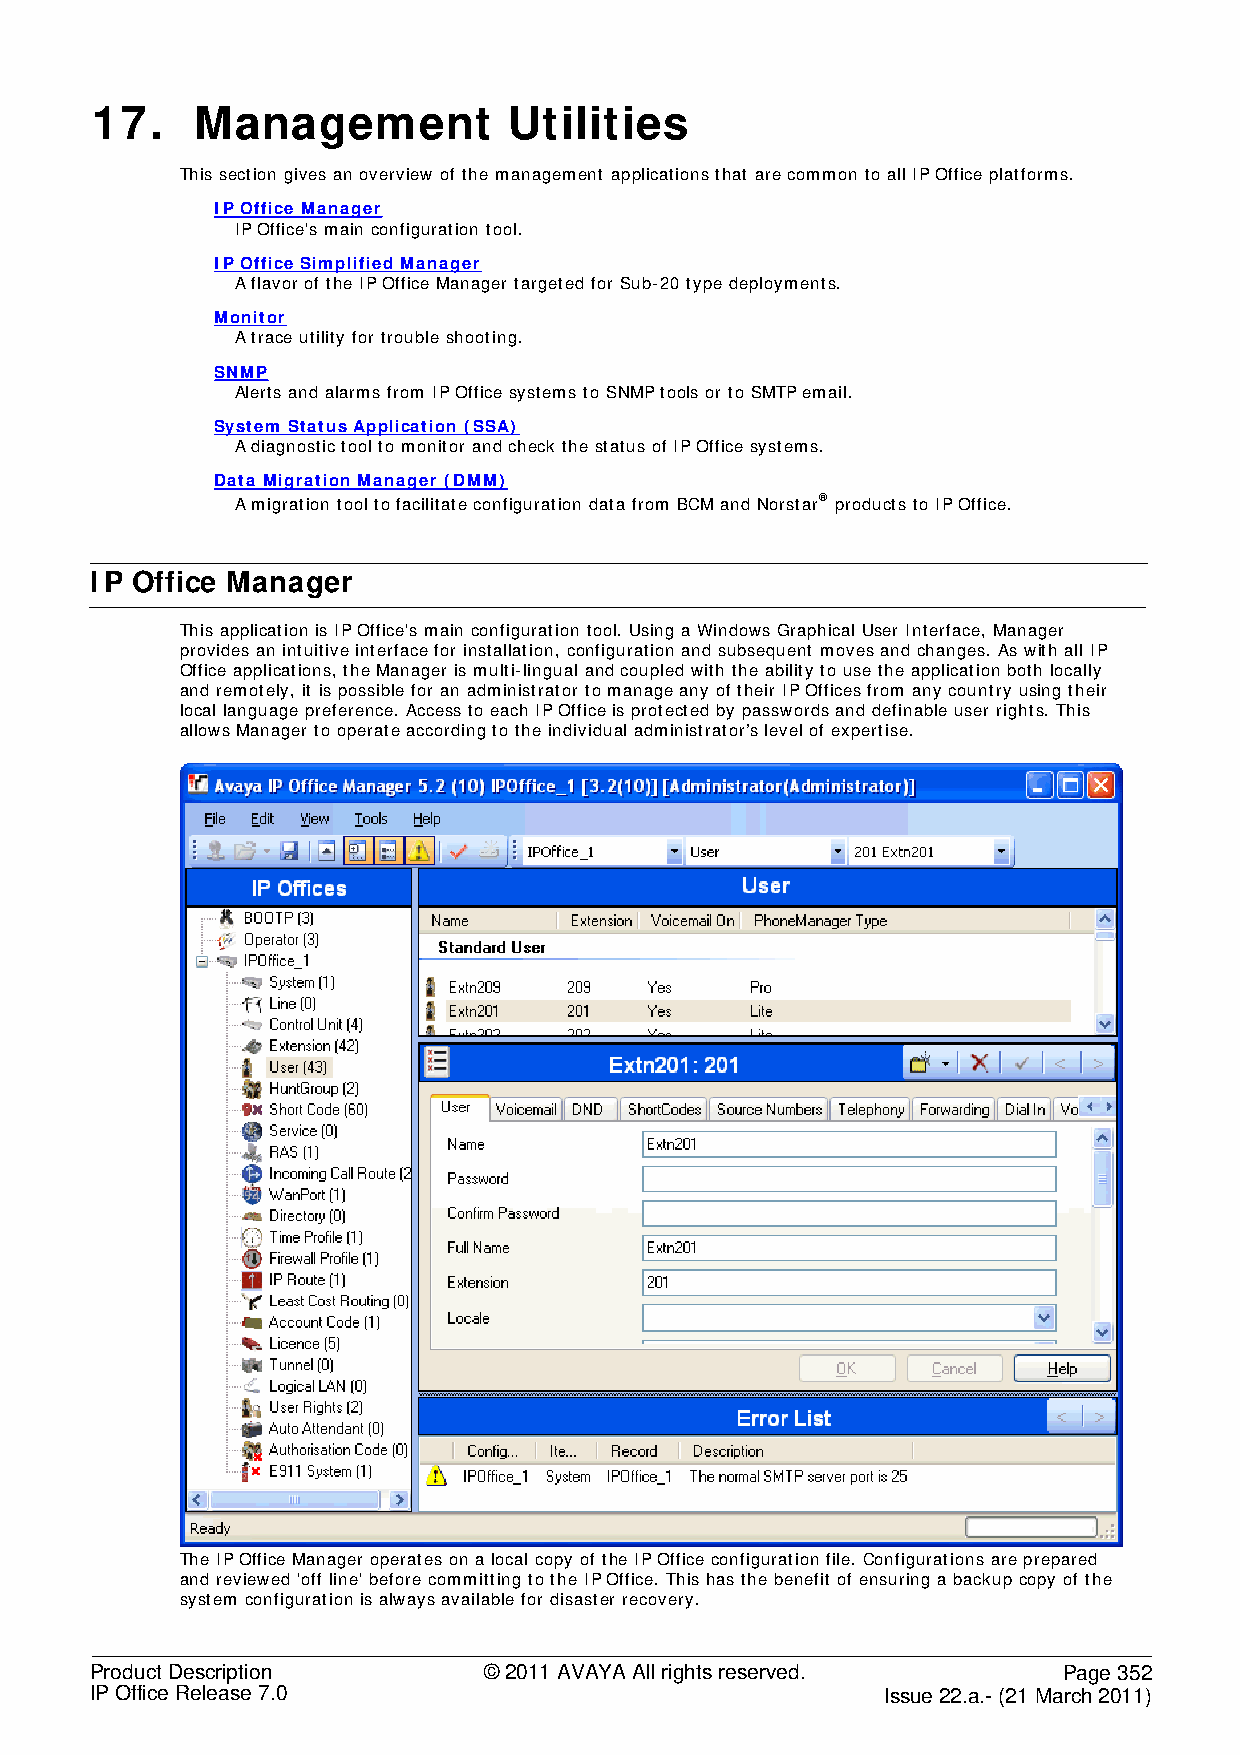
17.    Management           Utilities
 This section gives an overview of the management applications that are common to all IP Office platforms.
 IP Office Manager
 IP Office's main configuration tool.
 IP Office Simplified Manager
 A flavor of the IP Office Manager targeted for Sub-20 type deployments.
 Monitor
 A trace utility for trouble shooting.
 SNMP
 Alerts and alarms from IP Office systems to SNMP tools or to SMTP email.
 System Status Application (SSA)
 A diagnostic tool to monitor and check the status of IP Office systems.
 Data Migration Manager (DMM)
 A migration tool to facilitate configuration data from BCM and Norstar® products to IP Office.
 IP Office Manager
 This application is IP Office's main configuration tool. Using a Windows Graphical User Interface, Manager
 provides an intuitive interface for installation, configuration and subsequent moves and changes. As with all IP
 Office applications, the Manager is multi-lingual and coupled with the ability to use the application both locally
 and remotely, it is possible for an administrator to manage any of their IP Offices from any country using their
 local language preference. Access to each IP Office is protected by passwords and definable user rights. This
 allows Manager to operate according to the individual administrator’s level of expertise.
 The IP Office Manager operates on a local copy of the IP Office configuration file. Configurations are prepared
 and reviewed 'off line' before committing to the IP Office. This has the benefit of ensuring a backup copy of the
 system configuration is always available for disaster recovery.
 Product Description       © 2011 AVAYA All rights reserved.     Page 352
 IP Office Release 7.0                                Issue 22.a.- (21 March 2011)